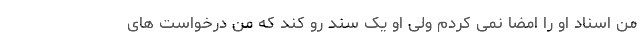
من اسناد او را امضا نمی کردم ولی او یک سند رو کند که من درخواست های